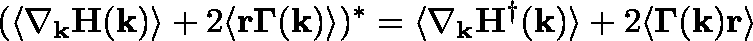
( \langle \nabla _ { \mathbf { k } } \mathbf { H } ( \mathbf { k } ) \rangle + 2 \langle \mathbf { r } \mathbf { \Gamma } ( \mathbf { k } ) \rangle ) ^ { * } = \langle \nabla _ { \mathbf { k } } \mathbf { H } ^ { \dagger } ( \mathbf { k } ) \rangle + 2 \langle \mathbf { \Gamma } ( \mathbf { k } ) \mathbf { r } \rangle